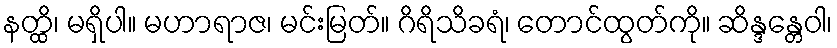
နတ္ထိ၊ မရှိပါ။ မဟာရာဇ၊ မင်းမြတ်။ ဂိရိသိခရံ၊ တောင်ထွတ်ကို။ ဆိန္ဒန္တေဝါ၊